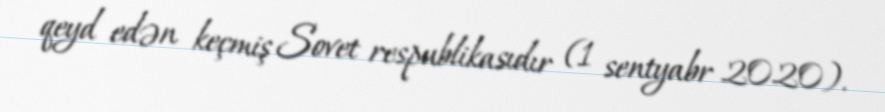
qeyd edən keçmiş Sovet respublikasıdır (1 sentyabr 2020).